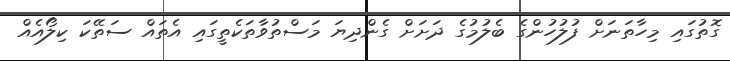
ގޮތުގައި މިހާތަނަށް ފުލުހުންގެ ބެލުމުގެ ދަށަށް ގެންދިޔަ މަސްތުވާތަކެތީގައި އެތައް ސަތޭކަ ކިލޯއެއް